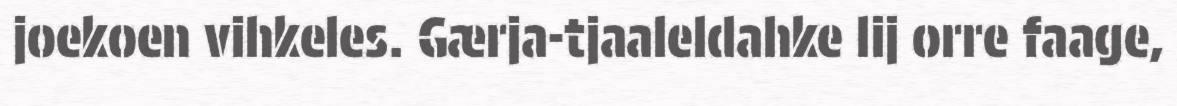
joekoen vihkeles. Gærja-tjaaleldahke lij orre faage,